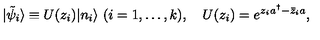
| \tilde { \psi } _ { i } \rangle \equiv U ( z _ { i } ) | n _ { i } \rangle \ ( i = 1 , \dots , k ) , \quad U ( z _ { i } ) = e ^ { z _ { i } a ^ { \dagger } - \bar { z } _ { i } a } ,